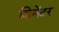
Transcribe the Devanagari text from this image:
डिमेंटर